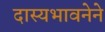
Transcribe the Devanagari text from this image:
दास्यभावनेने